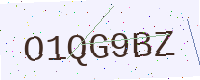
Text: O1QG9BZ